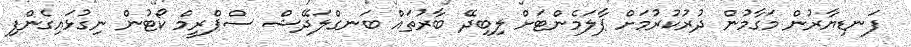
ފަނޑިޔާރުން މަގާމުން ދުރުކުރުމަށް ޕާލަމެންޓަށް ލިބިދޭ ބާރުތައް ބަނގްލަދޭޝް ސްޕްރީމް ކޯޓުން ނިގުޅައިގެންފި